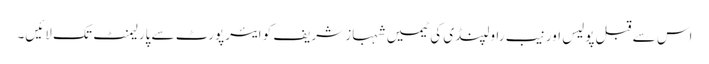
اس سے قبل پولیس اور نیب راولپنڈی کی ٹیمیں شہباز شریف کو ایئرپورٹ سے پارلیمنٹ تک لائیں۔